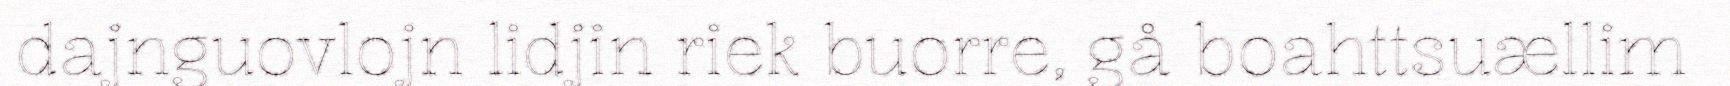
dajnguovlojn lidjin riek buorre, gå boahttsuællim